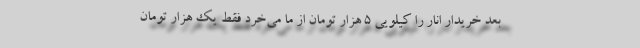
بعد خریدار انار را کیلویی ۵ هزار تومان از ما می‌خرد فقط یک هزار تومان